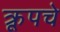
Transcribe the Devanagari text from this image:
क्रूपचे